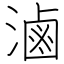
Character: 滷